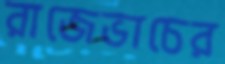
রাজেভাচের